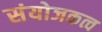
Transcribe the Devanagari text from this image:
संयोजकत्व